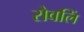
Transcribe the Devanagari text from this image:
रोवलिं